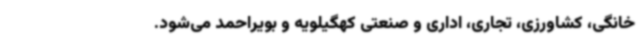
خانگی، کشاورزی، تجاری، اداری و صنعتی کهگیلویه و بویراحمد می‌شود.